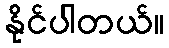
နိုင်ပါတယ်။